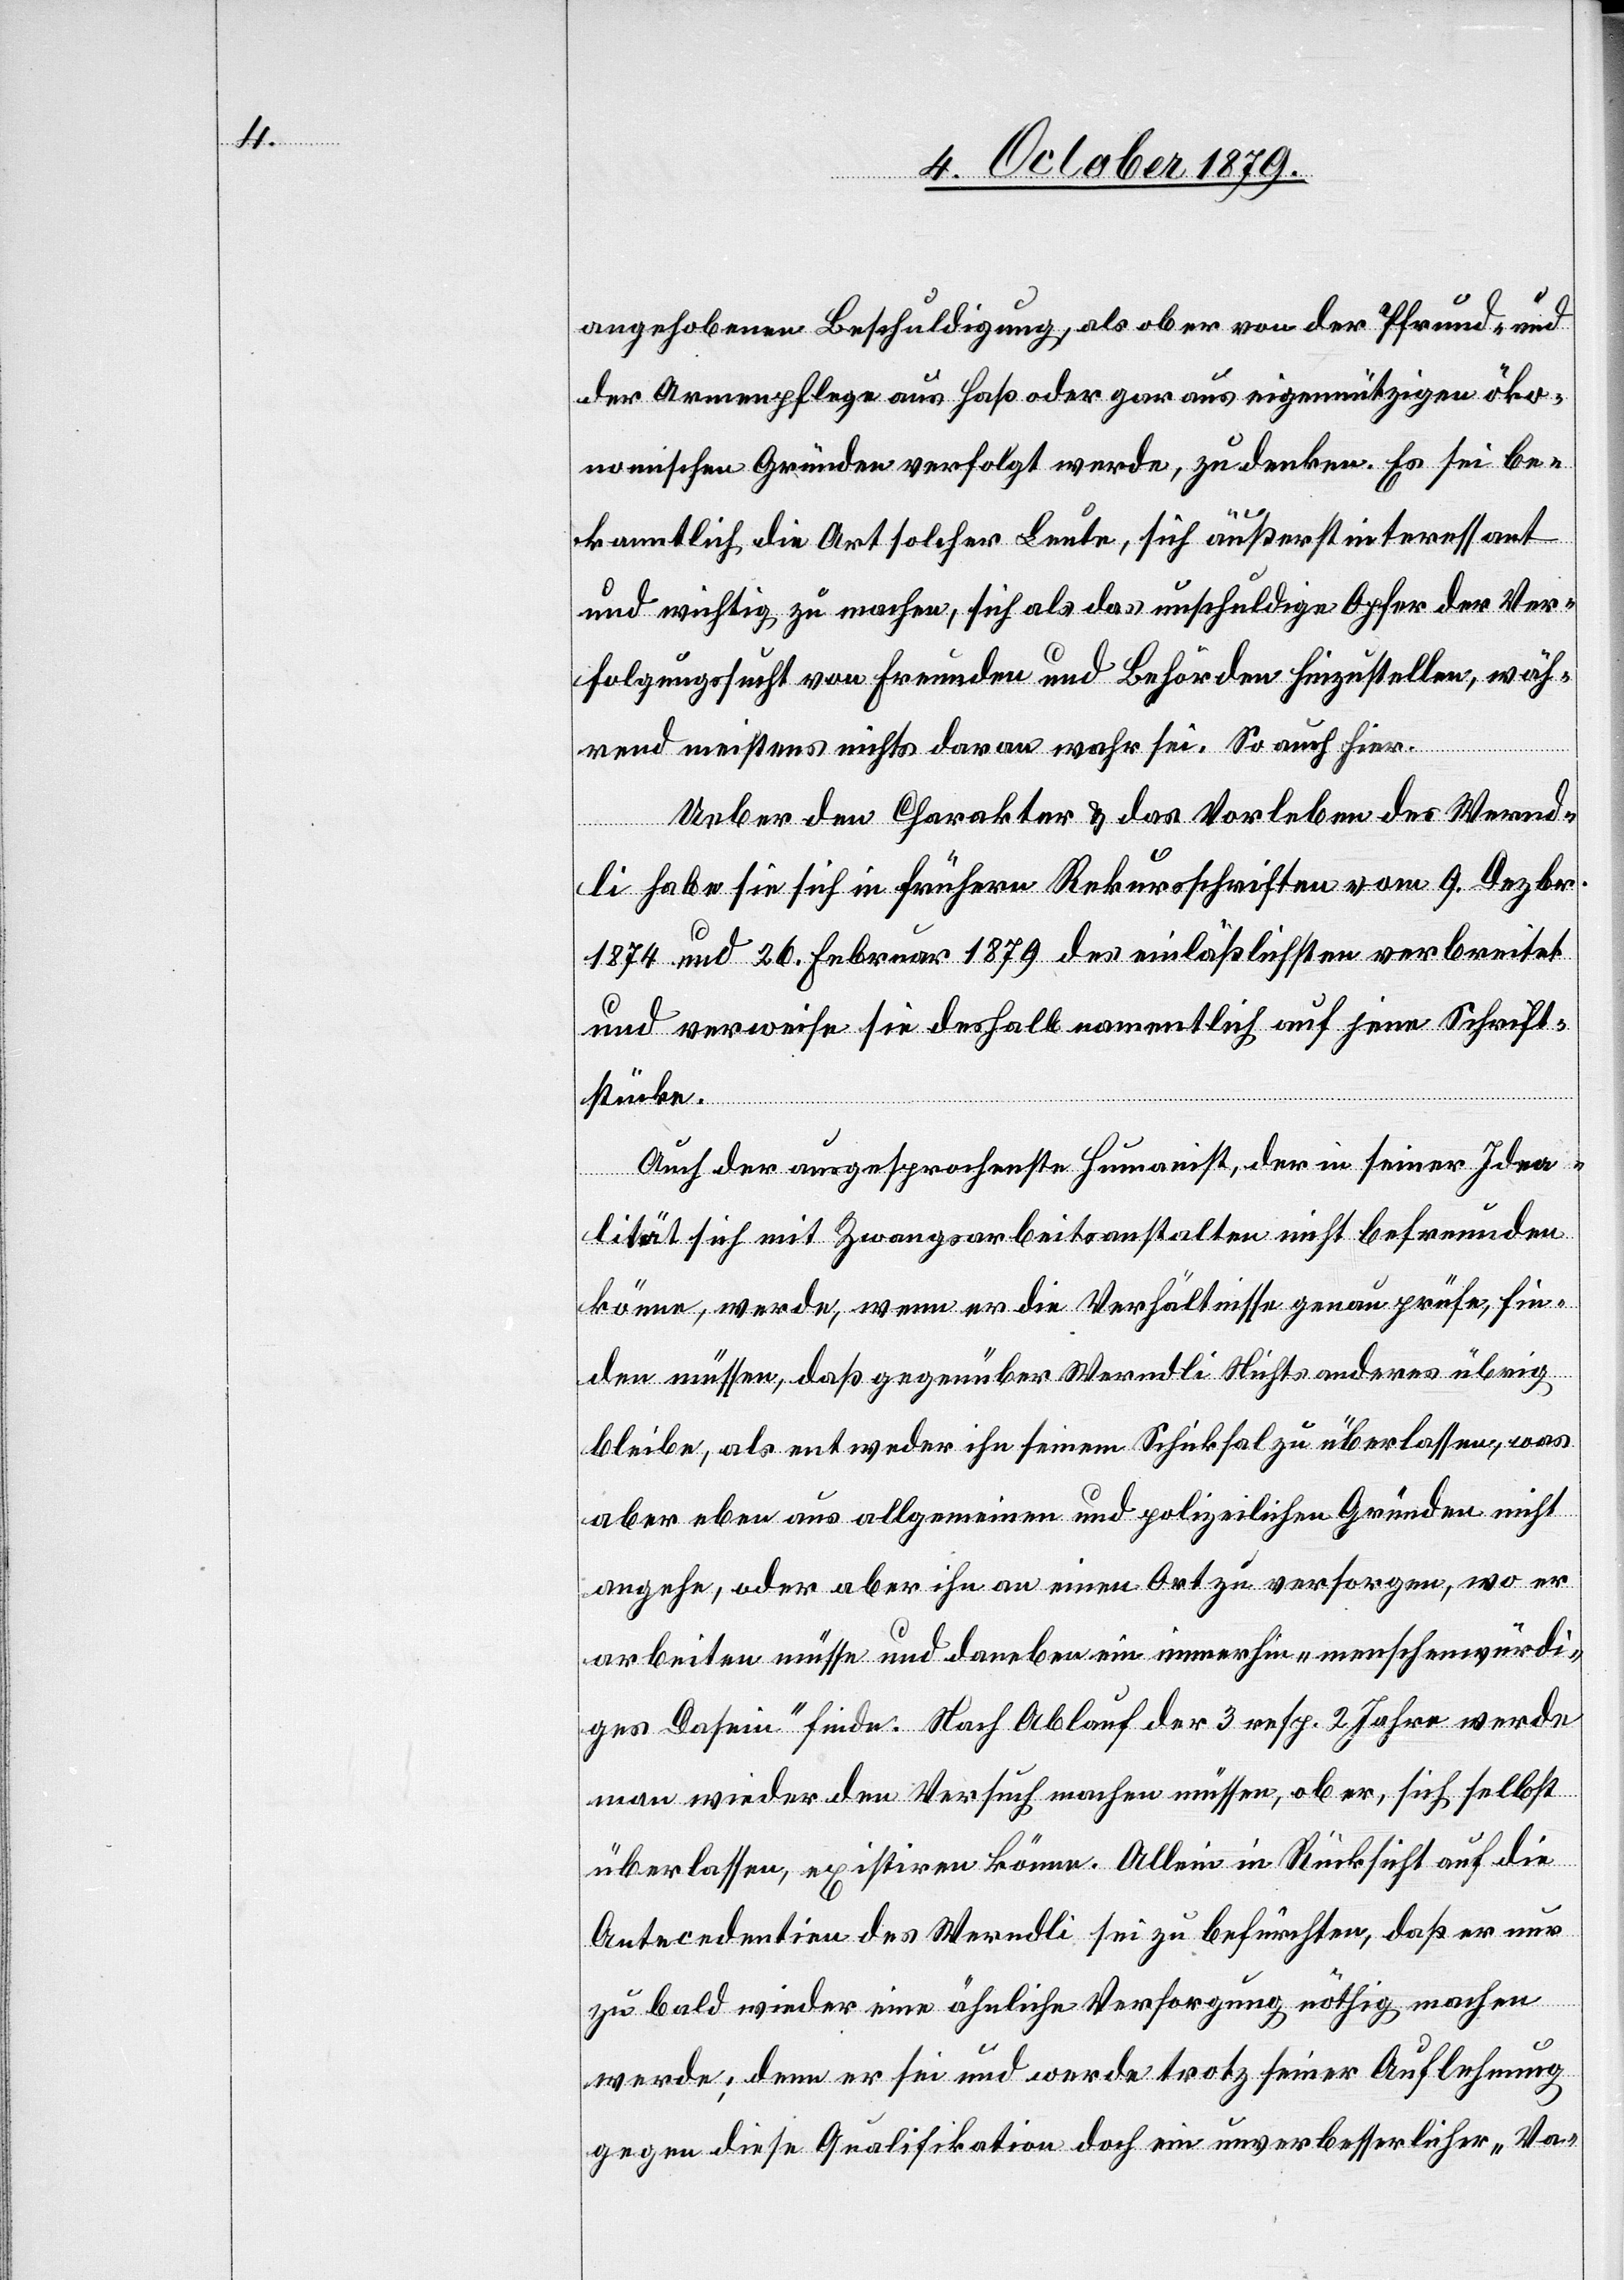
angehobenen Beschuldigung, als ob er von der Pfrund- und
der Armenpflege aus Haß oder gar aus eigennützigen öko¬
nomischen Gründen verfolgt werde, zu denken. Es sei be¬
kanntlich die Art solcher Leute, sich äußerst interessant
und wichtig zu machen, sich als das unschuldige Opfer der Ver¬
folgungssucht von Fremden und Behörden hinzustellen, wäh¬
rend meistens nichts daran wahr sei. So auch hier.
Ueber den Charakter & das Vorleben des Wernd¬
li habe sie sich in frühern Rekursschriften vom 9. Dezbr.
1874 und 26. Februar 1879 des einläßlichsten verbreitet
und erweise sie deshalb namentlich auf jene Schrift¬
stücke.
Auch der ausgesprochenste Humanist, der in seiner Idea¬
lität sich mit Zwangsarbeitsanstalten nicht befreunden
könne, werde, wenn er die Verhältnisse genau prüfe, fin¬
den müssen, daß gegenüber Werndli Nichts anderes übrig
bleibe, als entweder ihn seinem Schicksal zu überlassen, was
aber eben aus allgemeinen und polizeilichen Gründen nicht
angehe, oder aber ihn an einen Ort zu versorgen, wo er
arbeiten müsse und daneben ein immerhin „menschenwürdi¬
ges Dasein“ finde. Nach Ablauf der 3 resp. 2 Jahre werde
man wieder den Versuch machen müssen, ob er, sich selbst
überlassen, existiren könne. Allein in Rücksicht auf die
Antecedentien des Werndli sei zu befürchten, daß er nur
zu bald wieder eine ähnliche Versorgung nöthig machen
werde; denn er sei und werde trotz seiner Auflehnung
gegen diese Qualifikation doch ein unverbesserlicher „Va-